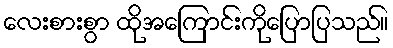
လေးစားစွာ ထိုအကြောင်းကိုပြောပြသည်။